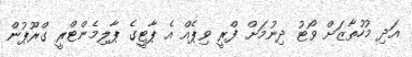
އަދި މުހުތާޒަށް ވޯޓު ދިނުމަށް ފްރީ ވިޕެއް އެ ޕާޓީގެ ޕާލިމެންޓްރީ ގްރޫޕުން